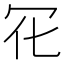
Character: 𠕿